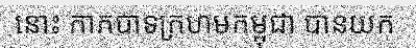
នោះ កាកបាទក្រហមកម្ពុជា បានយក